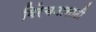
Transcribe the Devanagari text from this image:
विरेचनासाठी